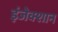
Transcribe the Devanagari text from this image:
इंजेक्शान